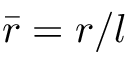
\bar { r } = r / l